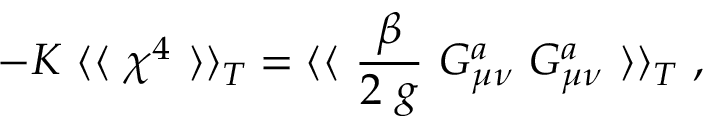
- K ~ \langle \langle ~ \chi ^ { 4 } ~ \rangle \rangle _ { T } = \langle \langle ~ \frac { \beta } { 2 ~ g } ~ G _ { \mu \nu } ^ { a } ~ G _ { \mu \nu } ^ { a } ~ \rangle \rangle _ { T } ~ ,